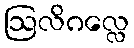
ဩလိဂလ္လေ